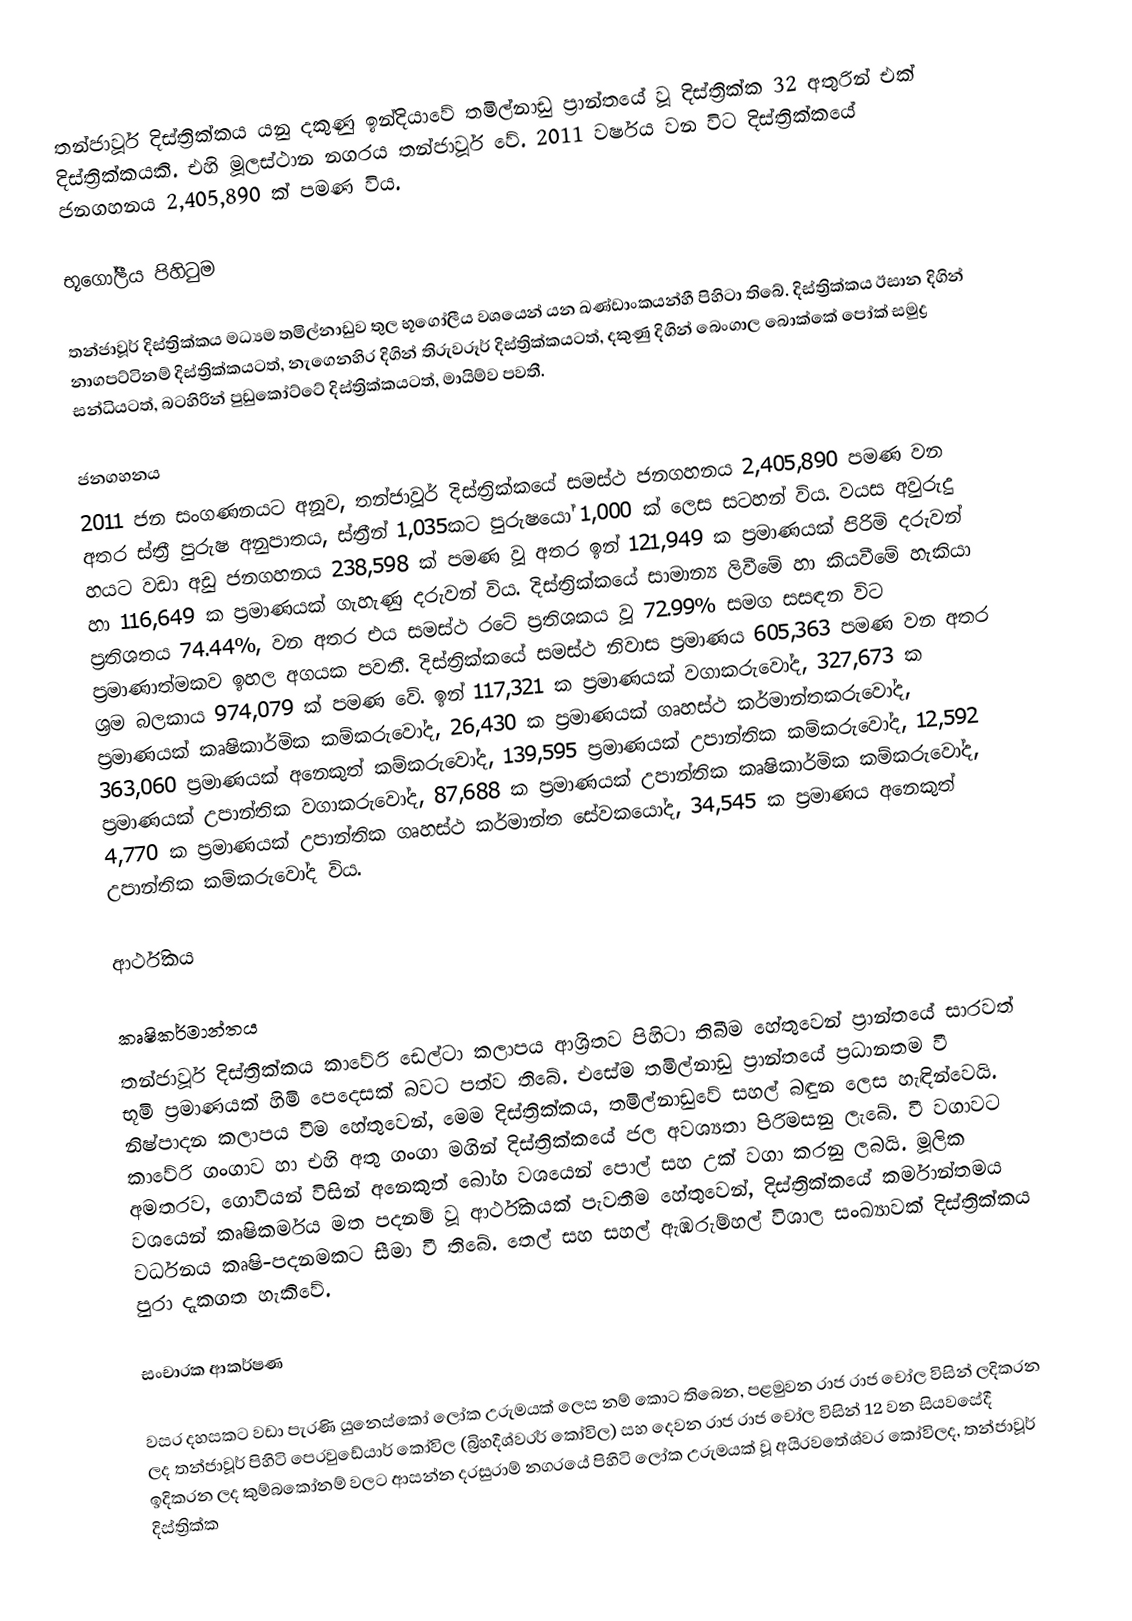
තන්ජාවූර් දිස්ත්‍රික්කය යනු දකුණු ඉන්දියාවේ තමිල්නාඩු ප්‍රාන්තයේ වූ දිස්ත්‍රික්ක 32 අතුරින් එක් දිස්ත්‍රික්කයකි. එහි මූලස්ථාන නගරය තන්ජාවූර් වේ. 2011 වර්ෂය වන විට දිස්ත්‍රික්කයේ ජනගහනය 2,405,890 ක් පමණ විය.

භූගෝලීය පිහිටුම

තන්ජාවූර් දිස්ත්‍රික්කය මධ්‍යම තමිල්නාඩුව තුල භූගෝලීය වශයෙන්  යන ඛණ්ඩාංකයන්හී පිහිටා තිබේ. දිස්ත්‍රික්කය ඊසාන දිගින් නාගපට්ටිනම් දිස්ත්‍රික්කයටත්, නැගෙනහිර දිගින් තිරුවරූර් දිස්ත්‍රික්කයටත්, දකුණු දිගින් බෙංගාල බොක්කේ පෝක් සමුද්‍ර සන්ධියටත්, බටහිරින් පුඩුකෝට්ටේ දිස්ත්‍රික්කයටත්, මායිම්ව පවතී.

ජනගහනය
2011 ජන සංගණනයට අනූව, තන්ජාවූර් දිස්ත්‍රික්කයේ සමස්ථ ජනගහනය 2,405,890 පමණ වන අතර ස්ත්‍රී පුරුෂ අනුපාතය, ස්ත්‍රීන් 1,035කට පුරුෂයෝ 1,000 ක් ලෙස සටහන් විය. වයස අවුරුදු හයට වඩා අඩු ජනගහනය 238,598 ක් පමණ වූ අතර ඉන් 121,949 ක ප්‍රමාණයක් පිරිමි දරුවන් හා 116,649 ක ප්‍රමාණයක් ගැහැණු දරුවන් විය. දිස්ත්‍රික්කයේ සාමාන්‍ය ලිවීමේ හා කියවීමේ හැකියා ප්‍රතිශතය 74.44%, වන අතර එය සමස්ථ රටේ ප්‍රතිශකය වූ 72.99% සමග සසඳන විට ප්‍රමාණාත්මකව ඉහල අගයක පවතී. දිස්ත්‍රික්කයේ සමස්ථ නිවාස ප්‍රමාණය 605,363 පමණ වන අතර ශ්‍රම බලකාය 974,079 ක් පමණ වේ. ඉන් 117,321 ක ප්‍රමාණයක් වගාකරුවෝද, 327,673 ක ප්‍රමාණයක් කෘෂිකාර්මික කම්කරුවෝද, 26,430 ක ප්‍රමාණයක් ගෘහස්ථ කර්මාන්තකරුවෝද, 363,060 ප්‍රමාණයක් අනෙකුත් කම්කරුවෝද, 139,595 ප්‍රමාණයක් උපාන්තික කම්කරුවෝද, 12,592 ප්‍රමාණයක් උපාන්තික වගාකරුවෝද, 87,688 ක ප්‍රමාණයක් උපාන්තික කෘෂිකාර්මික කම්කරුවෝද, 4,770 ක ප්‍රමාණයක් උපාන්තික ගෘහස්ථ කර්මාන්ත සේවකයෝද, 34,545 ක ප්‍රමාණය අනෙකුත් උපාන්තික කම්කරුවෝද විය.

ආර්ථිකය

කෘෂිකර්මාන්තය
තන්ජාවූර් දිස්ත්‍රික්කය කාවේරි ඩෙල්ටා කලාපය ආශ්‍රිතව පිහිටා තිබීම හේතුවෙන් ප්‍රාන්තයේ සාරවත් භූමි ප්‍රමාණයක් හිමි පෙදෙසක් බවට පත්ව තිබේ. එසේම තමිල්නාඩු ප්‍රාන්තයේ ප්‍රධානතම වී නිෂ්පාදන කලාපය වීම හේතුවෙන්, මෙම දිස්ත්‍රික්කය, තමිල්නාඩුවේ සහල් බඳුන ලෙස හැඳින්වෙයි. කාවේරි ගංගාව හා එහි අතු ගංගා මගින් දිස්ත්‍රික්කයේ ජල අවශ්‍යතා පිරිමසනු ලැබේ. වී වගාවට අමතරව, ගොවියන් විසින් අනෙකුත් බෝග වශයෙන් පොල් සහ උක් වගා කරනු ලබයි. මූලික වශයෙන් කෘෂිකර්මය මත පදනම් වූ ආර්ථිකයක් පැවතීම හේතුවෙන්, දිස්ත්‍රික්කයේ කර්මාන්තමය වර්ධනය කෘෂි-පදනමකට සීමා වී තිබේ. තෙල් සහ සහල් ඇඹරුම්හල් විශාල සංඛ්‍යාවක් දිස්ත්‍රික්කය පුරා දැකගත හැකිවේ.

සංචාරක ආකර්ෂණ

වසර දහසකට වඩා පැරණි යුනෙස්කෝ ලෝක උරුමයක් ලෙස නම් කොට තිබෙන, පළමුවන රාජ රාජ චෝල විසින් ලදිකරන ලද තන්ජාවූර් පිහිටි පෙරවුඩේයාර් කෝවිල (බ්‍රිහදීශ්වරර් කෝවිල) සහ දෙවන රාජ රාජ චෝල විසින් 12 වන සියවසේදී ඉදිකරන ලද කුම්බකෝනම් වලට ආසන්න දරසුරාම් නගරයේ පිහිටි ලෝක උරුමයක් වූ අයිරවතේශ්වර කෝවිලද, තන්ජාවූර් දිස්ත්‍රික්ක